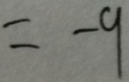
= - 9